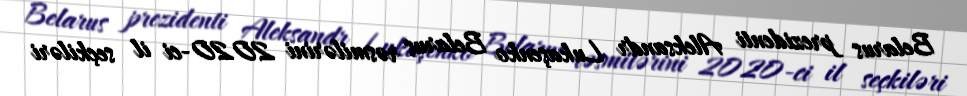
Belarus prezidenti Aleksandr Lukaşenko Belarus rəsmilərini 2020-ci il seçkiləri